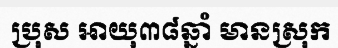
ប្រុស អាយុ៣៨ឆ្នាំ មានស្រុក